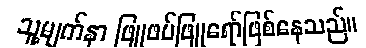
သူ့မျက်နှာ ဖြူဖပ်ဖြူရော်ဖြစ်နေသည်။